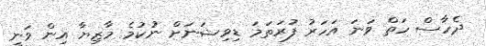
ދެހާސް ހަތް ވަނަ އަހަރު ފުރަތަމަ ޑިވިޝަނަށް ނުކުމެ މާޒިޔާ އިން ވަނީ